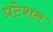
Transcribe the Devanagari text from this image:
प्रटेशन